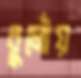
বুলোঁয়